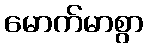
မောက်မာစွာ